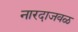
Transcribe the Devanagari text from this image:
नारदाजवळ